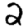
Digit: 2